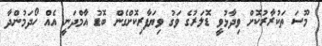
މޫސަ ތަކުރާރުކޮށް ވިދާޅުވީ ޑޮލަރުގެ ވަގު ވިޔަފާރިކޮށްގެން ބޮޑު އާމްދަނީ އެއް ހޯދަމުންދާ